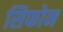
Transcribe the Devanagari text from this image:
सिफोन